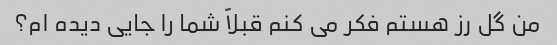
من گل رز هستم فکر می کنم قبلاً شما را جایی دیده ام؟